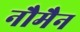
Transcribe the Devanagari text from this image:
नौमैन